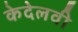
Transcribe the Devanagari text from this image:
केदेलवी